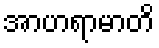
အာဟရာမာတိ